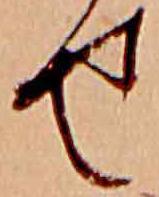
せ